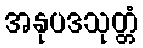
အနုပဒသုတ္တံ